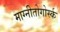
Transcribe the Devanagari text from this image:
माग्नीतोगोर्स्क